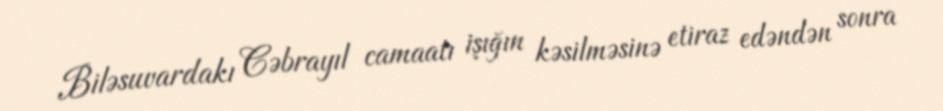
Biləsuvardakı Cəbrayıl camaatı işığın kəsilməsinə etiraz edəndən sonra